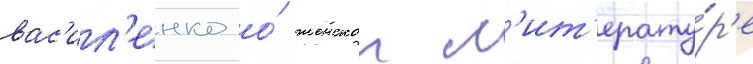
вас'ил'енко о́ женскои л'ит'ерату́р'е